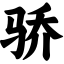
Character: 骄